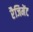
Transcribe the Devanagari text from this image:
रैजिमेंट